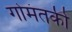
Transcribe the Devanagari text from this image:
गोमंतकी